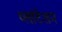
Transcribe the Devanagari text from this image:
प्लांटेशन